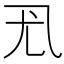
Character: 𰀳